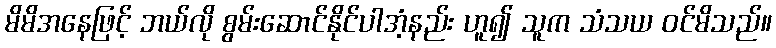
မိမိအနေဖြင့် ဘယ်လို စွမ်းဆောင်နိုင်ပါအံ့နည်း ဟူ၍ သူက သံသယ ဝင်မိသည်။